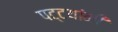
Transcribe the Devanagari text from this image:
पट्टयांनी